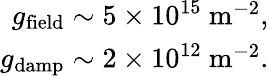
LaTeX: \begin{array}{r}{g_{\mathrm{field}}\sim 5\times 10^{15}\ \mathrm{m}^{-2},}\\ {g_{\mathrm{damp}}\sim 2\times 10^{12}\ \mathrm{m}^{-2}.}\end{array}